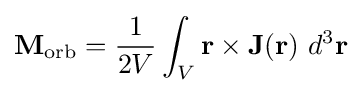
\mathbf {M} _{\rm {orb}}={\frac {1}{2V}}\int _{V}\mathbf {r} \times \mathbf {J} (\mathbf {r} )\ d^{3}\mathbf {r}